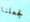
لجعلنا